Annual report on the working of the mental hospitals in the Madras Presidency - 1912-1932
Year: 1912
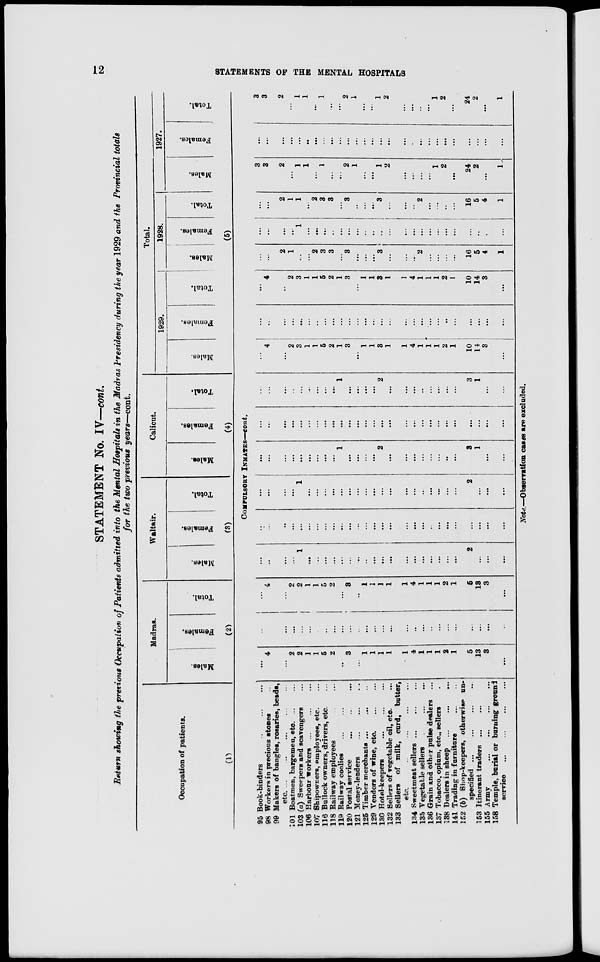
12
STATEMENTS OF THE MENTAL HOSPITALS
STATEMENT No. IV—cont.
Return showing the previous Occupation of Patients admitted into the Mental Hospitals in the Madras Presidency during the year 1929 and the Provincial totals
for the two previous years—cont.
Occupation of patients.
(1)
Madras.
Males.
Females.
Total.
(2)
Waltair.
Males.
Females.
Total.
(3)
Calicut.
Males.
Females.
Total.
(4)
Total.
1929.
Males.
Females.
Total.
1928.
Males.
Females.
Total.
1927.
Males.
Females.
Total.
(5)
COMPULSORY INMATES—cont.
95 Book-binders
...
...
...
98 Workers in precious stones ...
99 Makers of bangles, rosaries, beads,
etc. ... ... ... ... ...
101 Boatmen, bargemen, etc. ... ...
103 (a) Sweepers and scavengers ...
106 Harbour workers
...
...
...
107 Shipowners, employees, etc. ...
116 Bullock owners, drivers, etc. ...
118 Railway employees ... ...
119 Railway coolies ... ...
120 Postal service ... ... ...
121 Money-lenders
...
...
...
125 Timber merchants ... ... ...
129 Vendors of wine, etc.
...
...
130 Hotel-keepers
...
...
...
132 Sellers of vegetable oil, etc. ...
133 Sellers of milk, curd, butter,
etc. ... ... ... ...
134 Sweetmeat sellers
...
...
...
135 Vegetable sellers
...
...
...
136 Grain and other pulse dealers ...
137 Tobacco, opium, etc., sellers ...
138 Dealers in sheep
...
...
...
141 Trading in furniture
...
...
152 (b) Shop-keepers, otherwise un-
specified ... ... ... ...
153 Itinerant traders ... ...
155 Army ... ... ... ...
158 Temple, burial or burning ground
service ... ... ... ...
...
4
...
2
2
1
1
5
2
...
3
...
1
1
1
1
1
4
1
1
1
2
1
5
13
3
...
...
...
...
...
...
...
...
...
...
...
...
...
...
...
...
...
...
...
...
...
...
...
...
...
...
...
...
...
4
...
2
2
1
1
5
2
...
3
...
1
1
1
1
1
4
1
1
1
2
1
5
13
3
...
...
...
...
...
1
...
...
...
...
...
...
...
...
...
...
...
...
...
...
...
...
...
...
2
...
...
...
...
...
...
...
...
...
...
...
...
...
...
...
...
...
...
...
...
...
...
...
...
...
...
...
...
...
...
...
...
...
...
1
...
...
...
...
...
...
...
...
...
...
...
...
...
...
...
...
...
...
2
...
...
...
...
...
...
...
...
...
...
...
...
1
...
...
...
...
2
...
...
...
...
...
...
...
...
3
1
...
...
...
...
...
...
...
...
...
...
...
...
...
...
...
...
...
...
...
...
...
...
...
...
...
...
...
...
...
...
...
...
...
...
...
...
...
...
1
...
...
...
...
2
...
...
...
...
...
...
...
...
3
1
...
...
...
4
...
2
3
1
1
5
2
1
3
...
1
1
3
1
1
4
1
1
1
2
1
10
14
3
...
...
...
...
...
...
...
...
...
...
...
...
...
...
...
...
...
...
...
...
...
...
...
...
...
...
...
...
...
4
...
2
3
1
1
5
2
1
3
...
1
1
3
1
1
4
1
1
1
2
...
10
14
3
...
...
...
2
1
...
...
2
3
3
...
3
...
...
...
3
...
...
...
2
...
...
...
...
16
5
4
1
...
...
...
...
1
...
...
...
...
...
...
...
...
...
...
...
...
...
...
...
...
...
...
...
...
...
...
...
...
2
1
1
...
2
3
3
...
3
...
...
...
3
...
...
...
2
...
...
...
...
16
5
4
1
3
3
2
...
1
1
...
1
...
...
2
1
...
...
1
2
...
...
...
...
1
2
...
24
2
...
1
...
...
...
...
...
...
...
...
...
...
...
...
...
...
...
...
...
...
...
...
...
...
...
...
...
...
...
3
3
2
...
1
1
...
1
...
...
2
1
...
...
1
2
...
...
...
...
1
2
...
24
2
...
1
Note.—Observation cases are excluded.